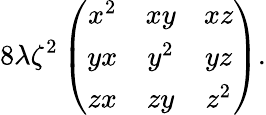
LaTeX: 8\lambda\zeta^{2}\left(\begin{array}{ccc}{{x^{2}}}&{{xy}}&{{xz}}\\ {{yx}}&{{y^{2}}}&{{yz}}\\ {{zx}}&{{zy}}&{{z^{2}}}\end{array}\right).